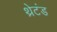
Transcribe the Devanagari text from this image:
थ्रेटंड